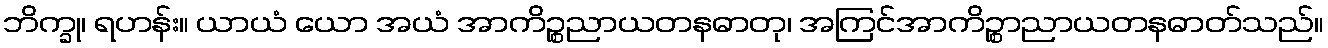
ဘိက္ခု၊ ရဟန်း။ ယာယံ ယော အယံ အာကိဉ္စညာယတနဓာတု၊ အကြင်အာကိဉ္စာညာယတနဓာတ်သည်။